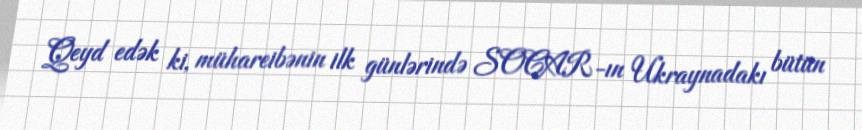
Qeyd edək ki, mühareibənin ilk günlərində SOCAR-ın Ukraynadakı bütün